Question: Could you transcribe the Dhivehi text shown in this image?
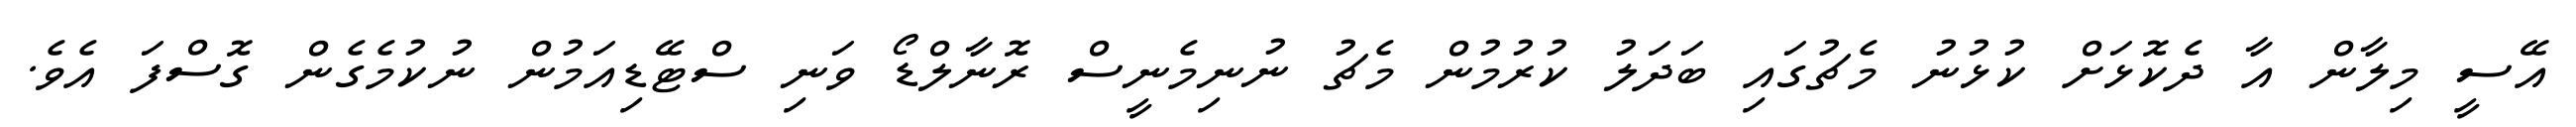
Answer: އޭސީ މިލާން އާ ދެކޮޅަށް ކުޅުނު މެޗުގައި ބަދަލު ކުރުމުން މެޗު ނުނިމެނީސް ރޮނާލްޑޯ ވަނި ސްޓޭޑިއަމުން ނުކުމެގެން ގޮސްފަ އެވެ.